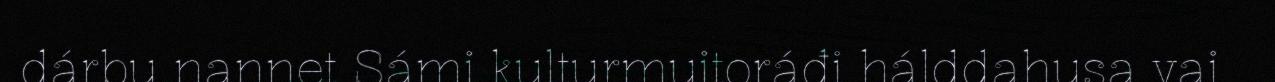
dárbu nannet Sámi kulturmuitoráđi hálddahusa vai